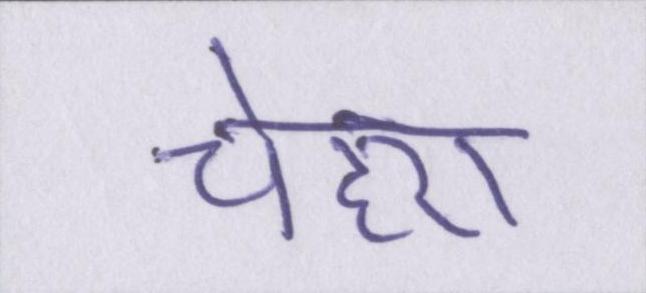
चेहरा